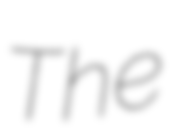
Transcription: The